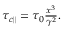
\begin{array} { r } { \tau _ { c \parallel } = \tau _ { 0 } \frac { x ^ { 3 } } { \gamma ^ { 2 } } . } \end{array}